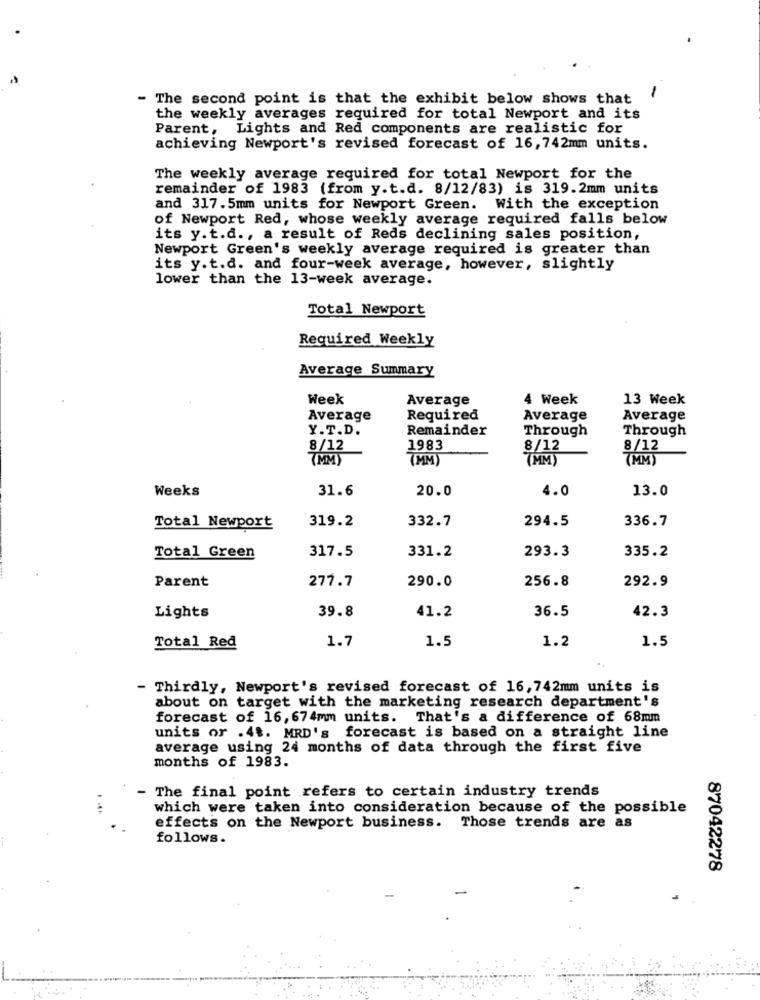
-
- The second point is that the exhibit below shows that
the weekly averages required for total Newport and its
Parent, Lights and Red components are realistic for
achieving Newport's revised forecast of 16,742mm units.
The weekly average required for total Newport for the
remainder of 1983 (from y.t.d. 8/12/83) is 319.2mm units
and 317.5mm units for Newport Green. With the exception
of Newport Red, whose weekly average required falls below
its y.t.d ., a result of Reds declining sales position,
Newport Green's weekly average required is greater than
its y.t.d. and four-week average, however, slightly
lower than the 13-week average.
Total Newport
Required Weekly
Average Summary
Week
Average
4 Week
13 Week
Average
Required
Average
Average
Y.T.D.
Remainder
Through
Through
8/12
1983
8/12
8/12
(MM)
(MM)
(MM)
(MM)
Weeks
31.6
20.0
4.0
13.0
319.2
332.7
294.5
336.7
Total Newport
331.2
293.3
335.2
Total Green
317.5
Parent
277.7
256.8
290.0
292.9
39.8
41.2
36.5
42.3
Lights
1.7
1.5
1.2
1.5
Total Red
- Thirdly, Newport's revised forecast of 16,742mm units is
about on target with the marketing research department's
forecast of 16, 674mm units. That's a difference of 68mm
units or .4%. MRD's forecast is based on a straight line
average using 24 months of data through the first five
months of 1983.
- The final point refers to certain industry trends
which were taken into consideration because of the possible
effects on the Newport business. Those trends are as
follows.
87042278